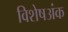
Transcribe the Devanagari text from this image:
विशेषअंक